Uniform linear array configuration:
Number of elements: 12
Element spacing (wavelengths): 0.25
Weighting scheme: hamming
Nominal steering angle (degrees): -15
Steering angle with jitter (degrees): -16.844
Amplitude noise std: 0.05
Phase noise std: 0.05

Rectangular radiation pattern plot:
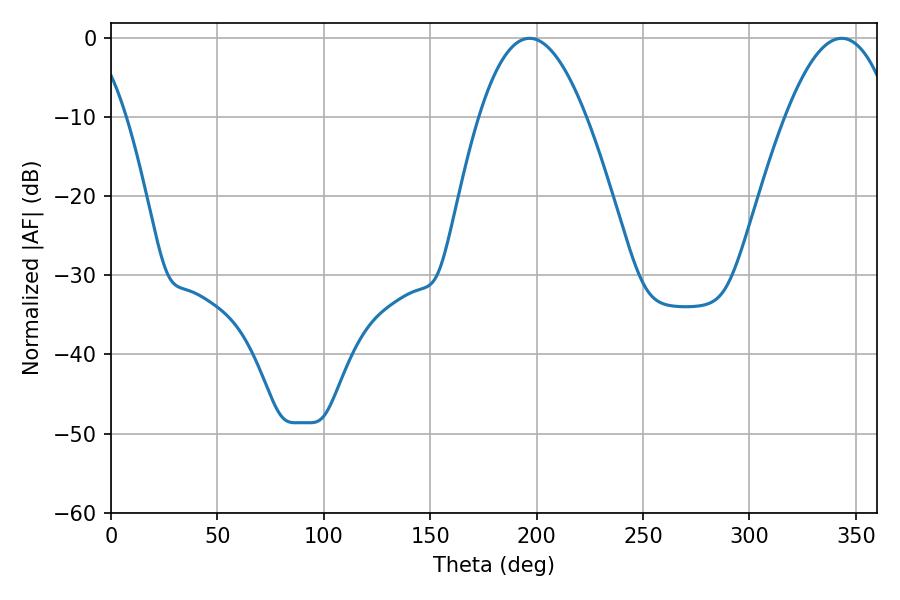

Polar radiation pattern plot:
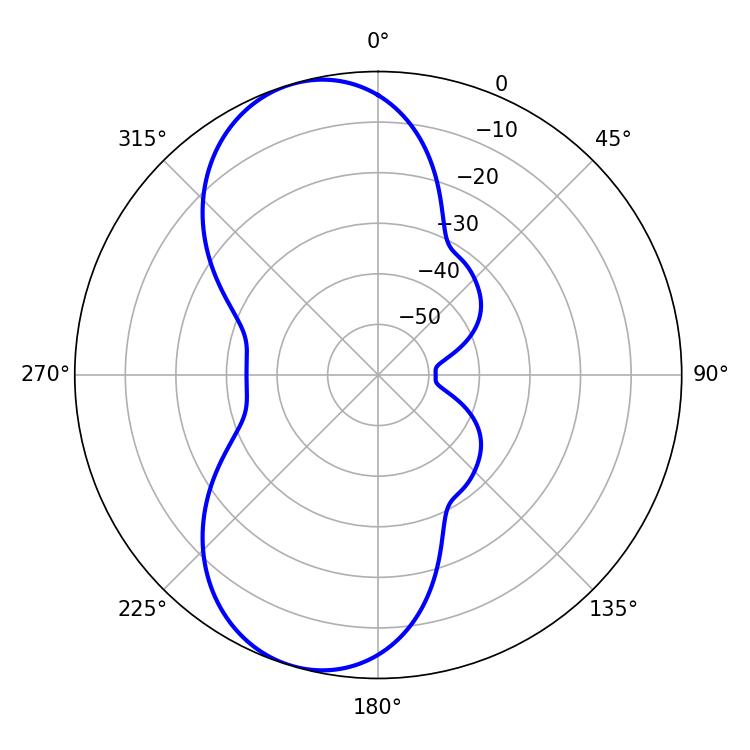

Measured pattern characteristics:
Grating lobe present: FALSE
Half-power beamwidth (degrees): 27.72
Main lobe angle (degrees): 196.74